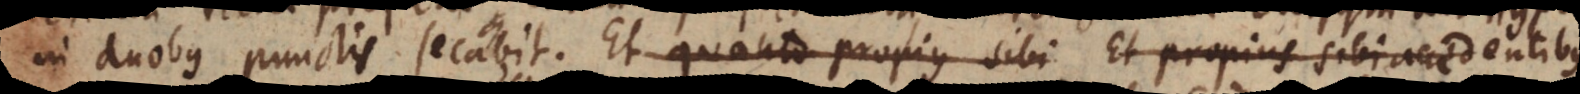
in duobus punctis secabit. Et quanto propius sibi Et propius sibi accedentibus